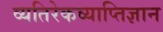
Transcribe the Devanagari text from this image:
व्यतिरेकव्याप्तिज्ञान